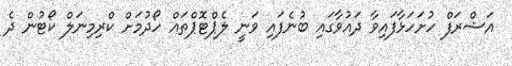
އަޝްރަފް ހުށަހަޅާފައިވާ ދައުވާގައި ބުނެފައި ވަނީ ލެޕްޓޮޕްތައް ހޯދުމަށް ކްރިމިނަލް ކޯޓުން ދެ